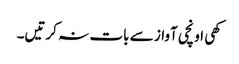
کھی اونچی آواز سے بات نہ کرتیں۔